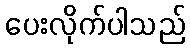
ပေးလိုက်ပါသည်